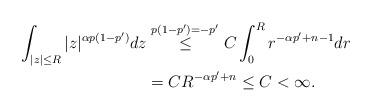
LaTeX: \begin{align*} \int_{|z|\leq R}|z|^{\alpha p(1-p')}dz&\stackrel{ p(1-p')=-p'}\leq C \int_{0}^{R}r^{-\alpha p'+n-1}dr\\& =CR^{-\alpha p'+n} \leq C<\infty. \end{align*}